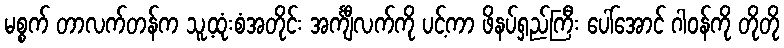
မစ္စက် တာလက်တန်က သူ့ထုံးစံအတိုင်း အင်္ကျီလက်ကို ပင့်ကာ ဖိနပ်ရှည်ကြီး ပေါ်အောင် ဂါဝန်ကို တိုတို